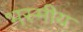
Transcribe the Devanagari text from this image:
भस्मीय